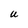
Character: U